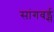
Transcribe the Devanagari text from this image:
सांगबर्ड्स